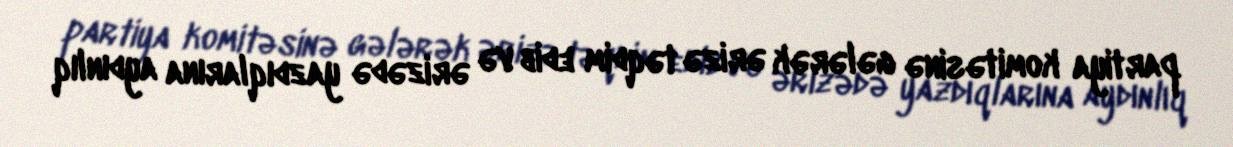
partiya komitəsinə gələrək ərizə təqdim edib və ərizədə yazdıqlarına aydınlıq